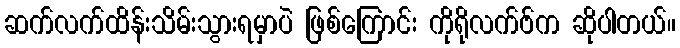
ဆက်လက်ထိန်းသိမ်းသွားရမှာပဲ ဖြစ်ကြောင်း ကိုရိုလက်ဗ်က ဆိုပါတယ်။